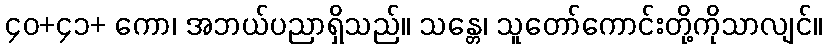
၄၀+၄၁+ ကော၊ အဘယ်ပညာရှိသည်။ သန္တေ၊ သူတော်ကောင်းတို့ကိုသာလျင်။